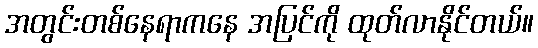
အတွင်းတစ်နေရာကနေ အပြင်ကို ထုတ်လာနိုင်တယ်။